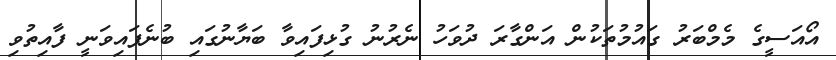
އޯއަސީގެ މެމްބަރު ގައުމުތަކުން އަންގާރަ ދުވަހު ނެރުނު ގުޅިފައިވާ ބަޔާނުގައި ބުނެފައިވަނީ ފާއިތުވި